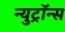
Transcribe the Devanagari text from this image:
न्युट्रॉन्स